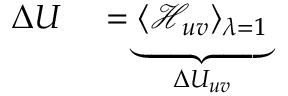
\begin{array} { r l } { \Delta U } & { { } = \underbrace { \langle \mathcal { H } _ { u v } \rangle _ { \lambda = 1 } } _ { \Delta U _ { u v } } } \end{array}